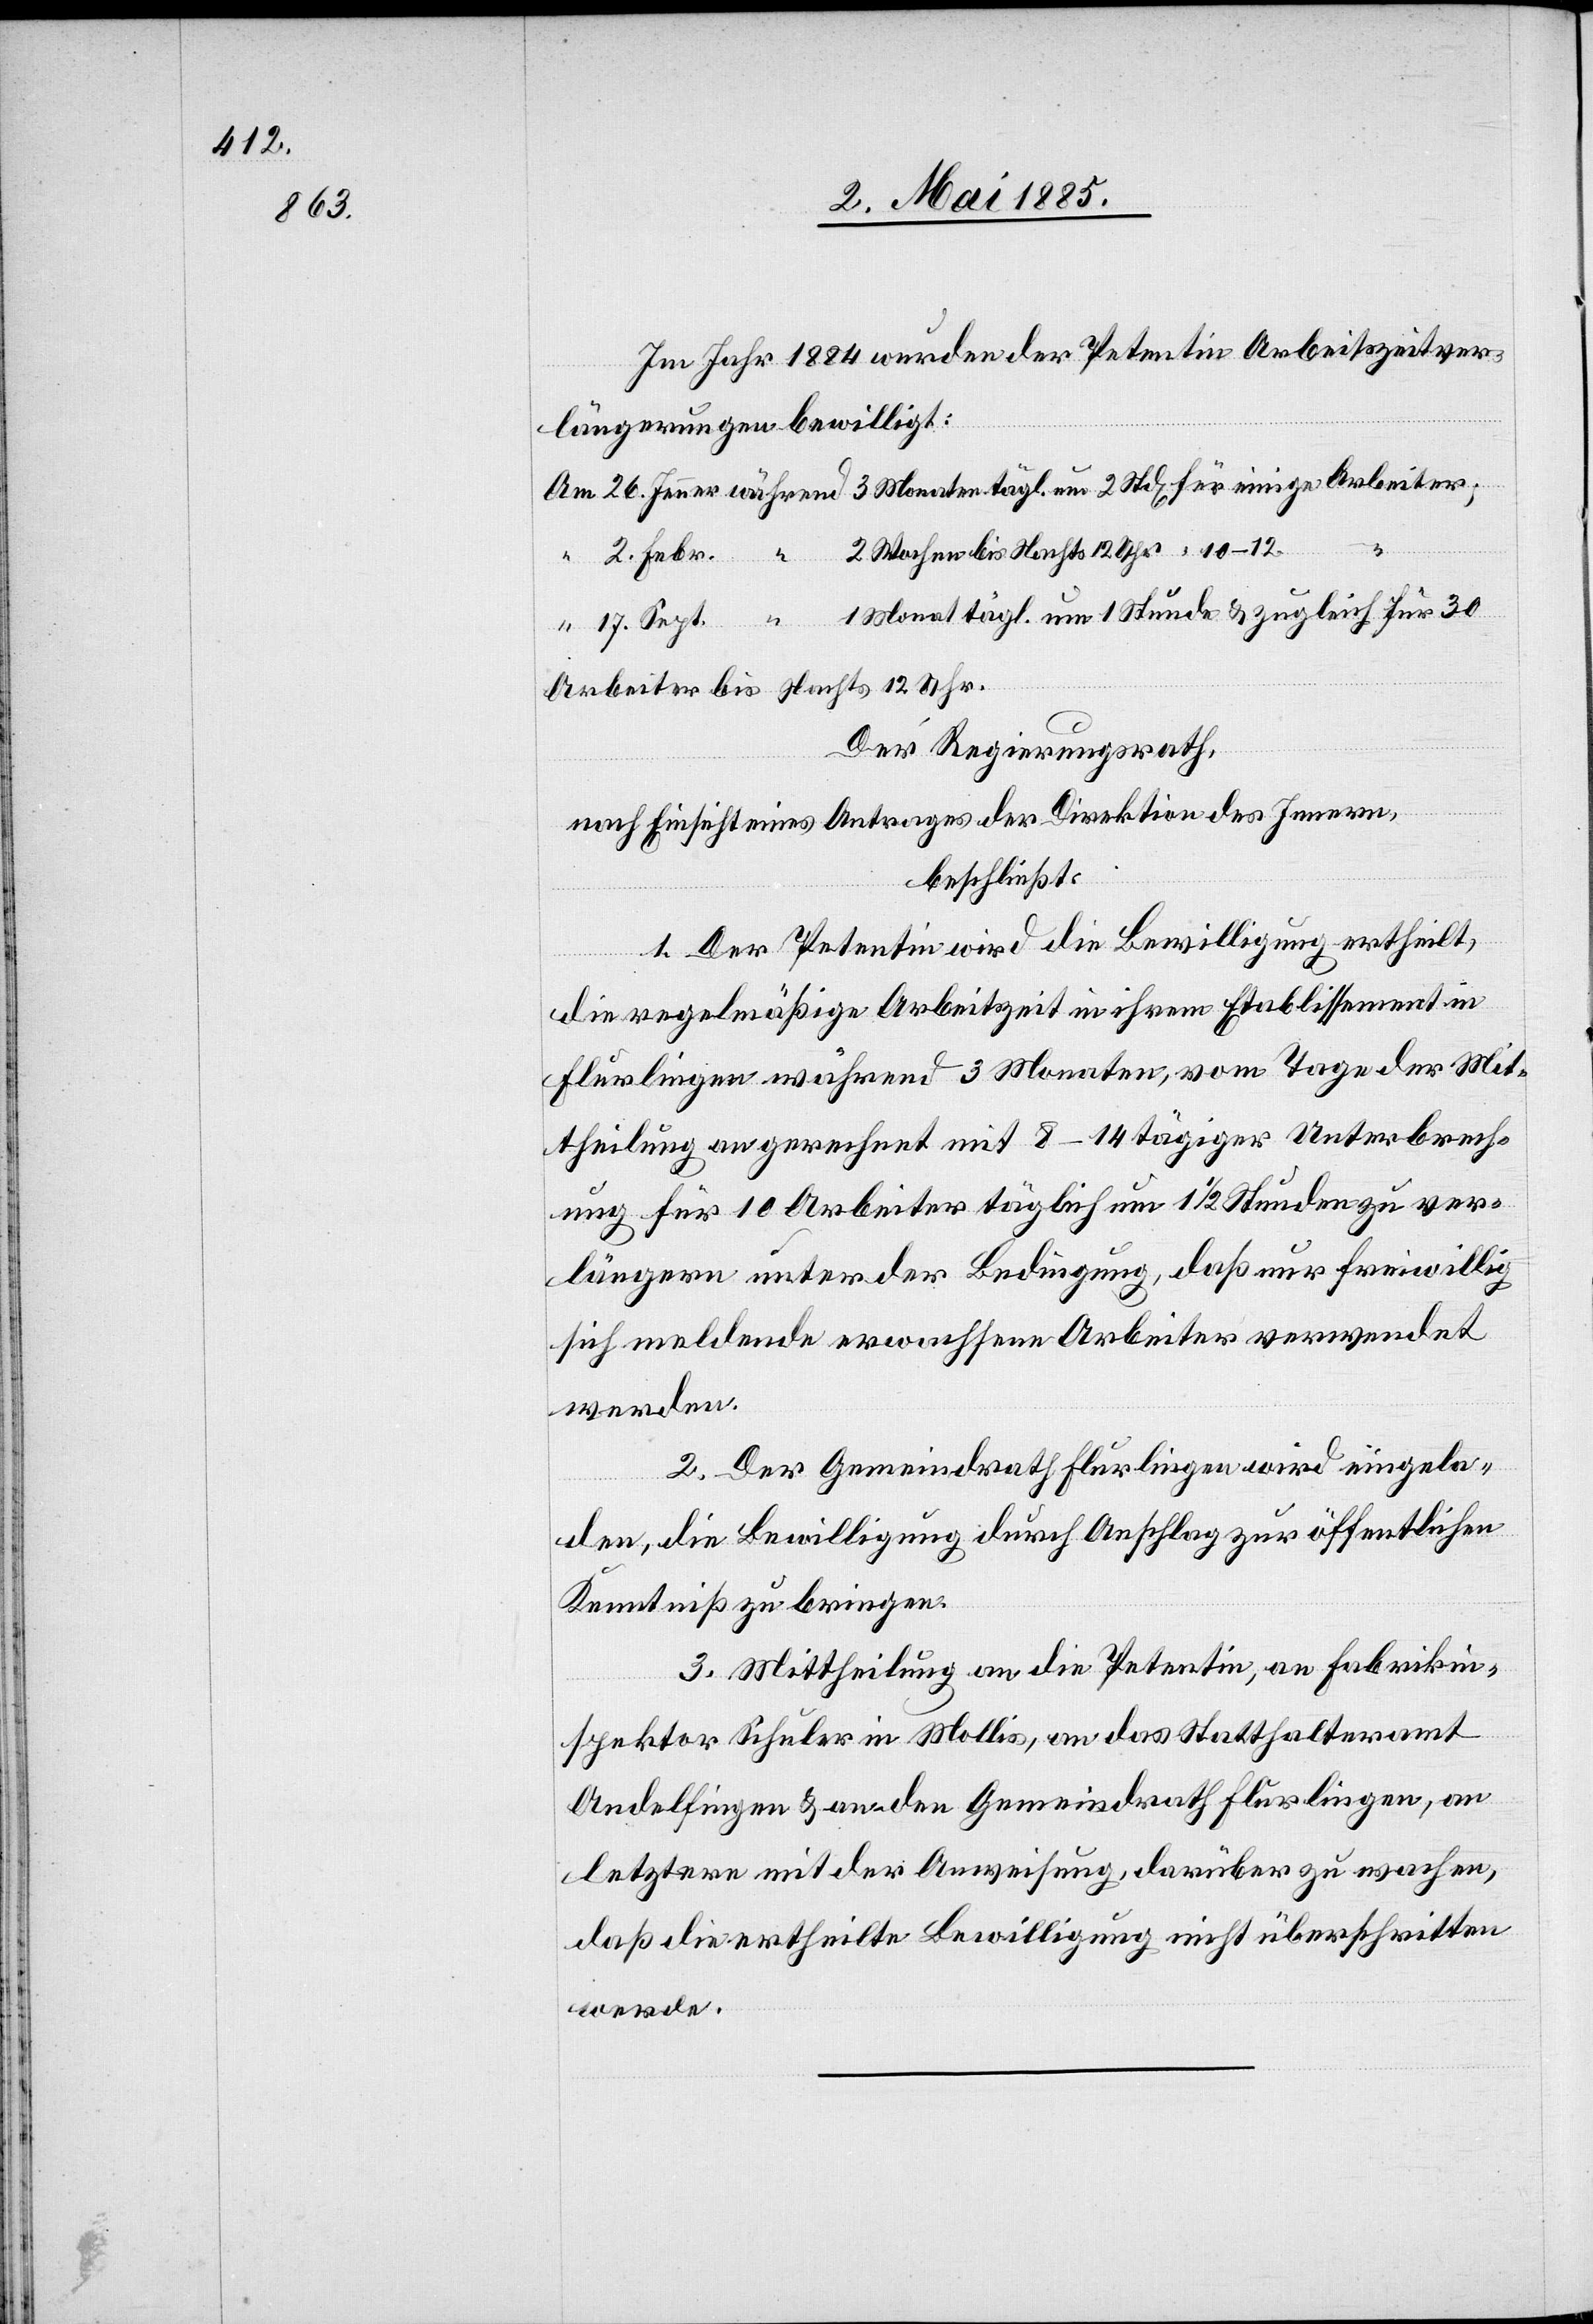
Im Jahr 1884 wurden der Petentin Arbeitszeitver¬
längerungen bewilligt:
2 Wochen bis Nachts 12 Uhr
2. Febr.
um 1
Stun¬
de & zugleich
Arbeiter bis Nachts 12 Uhr.
Der Regierungsrath,
nach Einsicht eines Antrages der Direktion des Innern,
beschließt:
1. Der Petentin wird die Bewilligung ertheilt,
die regelmäßige Arbeitszeit in ihrem Etablissement in
Flurlingen während 3 Monaten, vom Tage der Mit¬
theilung an gerechnet mit 8–14tägiger Unterbrech¬
ung für 10 Arbeiter täglich um 1 1/2 Stunden zu ver¬
längern unter der Bedingung, daß nur freiwillig
sich meldende erwachsene Arbeiter verwendet
werden.
2. Der Gemeindrath Flurlingen wird eingela¬
den, die Bewilligung durch Anschlag zur öffentlichen
Kenntniß zu bringen.
3. Mittheilung an die Petentin, an Fabrikin¬
spektor Schuler in Mollis, an das Statthalteramt
Andelfingen & an den Gemeindrath Flurlingen, an
letztern mit der Anweisung, darüber zu wachen,
daß die ertheilte Bewilligung nicht überschritten
werde.